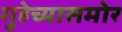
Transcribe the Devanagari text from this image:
गुहेच्यासमोर